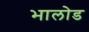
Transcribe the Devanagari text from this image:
भालोड